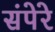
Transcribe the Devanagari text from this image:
संपेरे